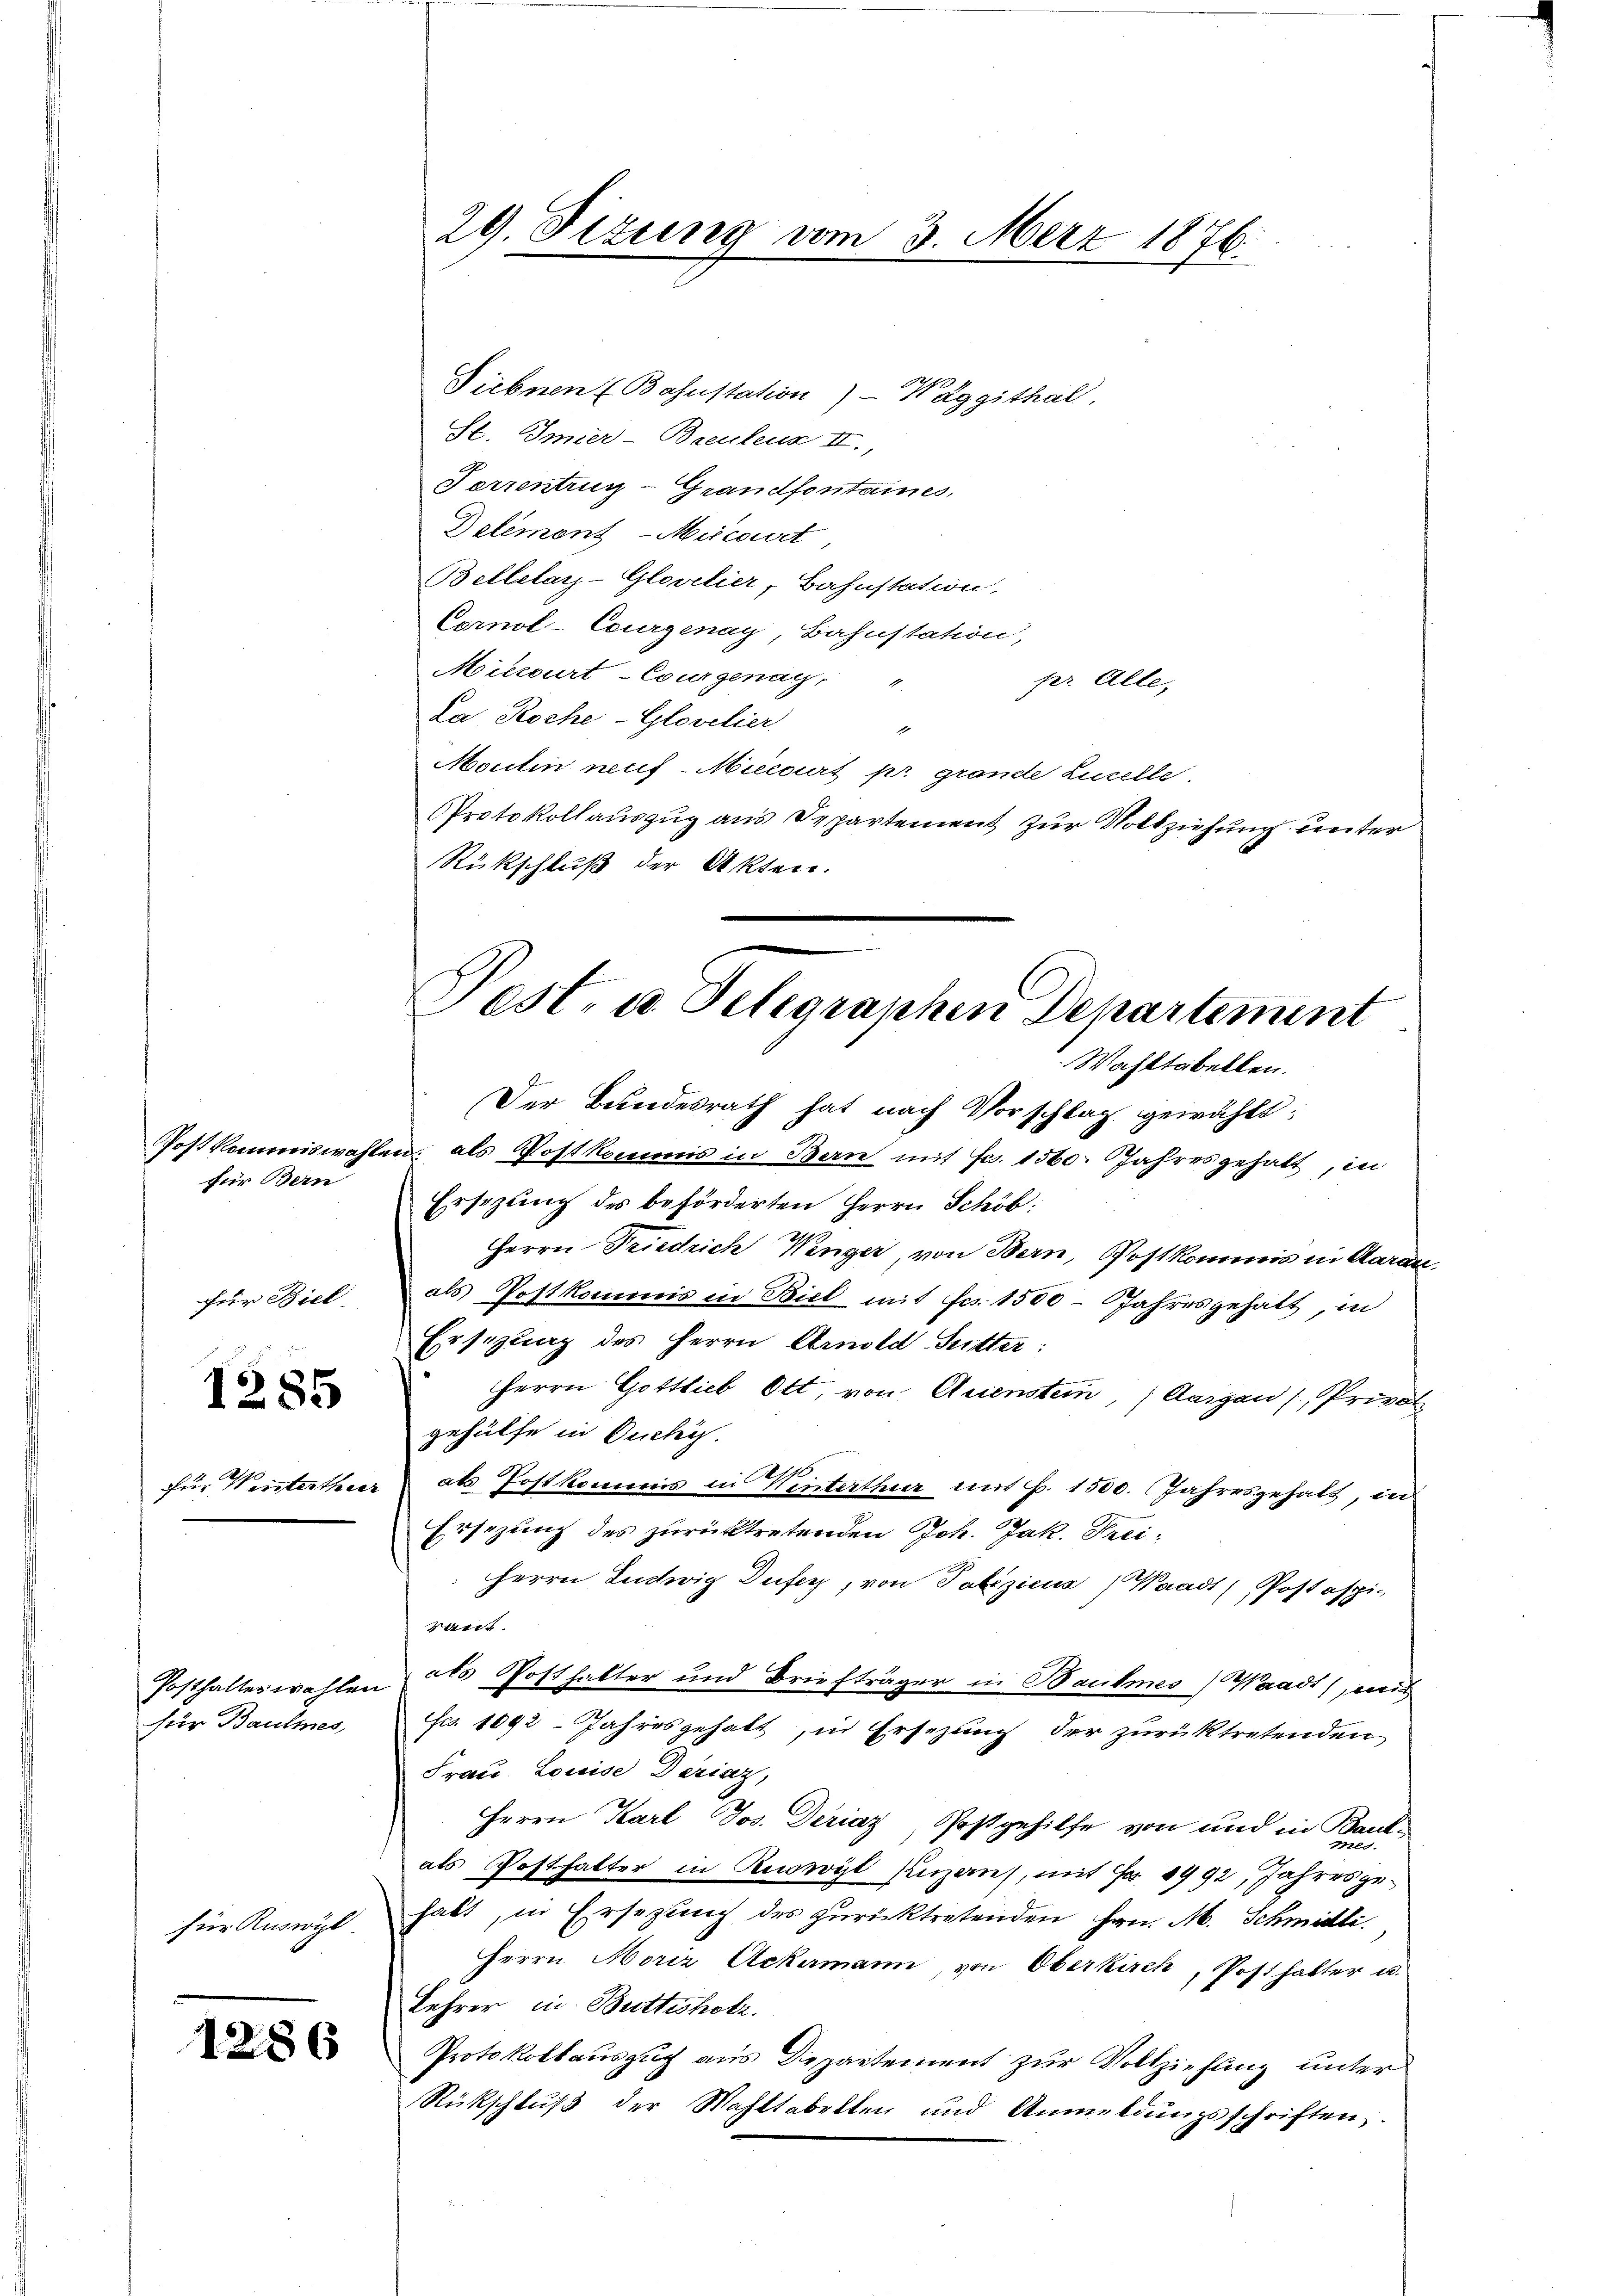
für Bern

für Biel

1285

für Baumes,

für Ruswyl

1286

Siebnen (Bahnstation) - Wäggithal,
St. Imier-Baenkens II.,
Ferrentrur-Grandfontaines,
Delémont-Mecourt
Bellelay-Gloretier, Bahnstation.
Cornol-Courgenay, Bahnstation,
Micourt-Courgenay,
pr. Alle,
La Roche-Glovelier
1
Montin neuf-Miccourt pr grande Linelle.
PProtokollauszug aus Departement zur Vollziehung unter
Rückschluß der Akten.

Der Bundesrath hat nach Vorschlag gewählt:
Postkommiswahlen, als Postkommis in Bern mit Fr. 1560. Jahresgehalt, in
Ersezung des beförderten Herrn Schöb:
Herrn Friedrich Wenzer, von Bern, Postkommis in Aarau
als Postkommis in Biel mit Fr. 1500 - Jahresgehalt, in
Ersezung des Herrn Arnold Sutter:
Herrn Gottlieb Ott, von Quenstein, (Aargau / Privat
gehülfe in Ducky.
für Wintertheer als Postkommis in Winterthur mit P. 1500. Jahresgehalt, in
Ersezung des zurücktretenden Joh. Jak. Frei¬
Herrn Ludwig Dufer, von Poliziens) Waadt Postspie
raut.
Posthalterwahlen als Posthalter und Briefträger in Baumes Waadt, mit
Frs. 1092. Jahresgehalt, in Ersezung der zurücktretenden
Frau Louise Deriaz,
Herrn Karl Jos. Deriaz, Postgehilfe von und in Bank-
als Posthalter in Ruswyl Anzaus, mit Fr. 8992, Jahresgehabt, in Ersezung des zurücktretenden Hrn. M. Schmidli
Herrn Moriz Ackermann, von Oberkirch, Posthalter u.
Lehrer in Butticholz.
Protokollauszug aus Departement zur Vollziehung unter
Rückschluß der Wahltabellen und Anmeldŭngsschriften.

29. Sizung vom 3. März 1876.

Pest, u. Telegraphen Departement
Wahltabellen.